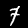
Digit: 7